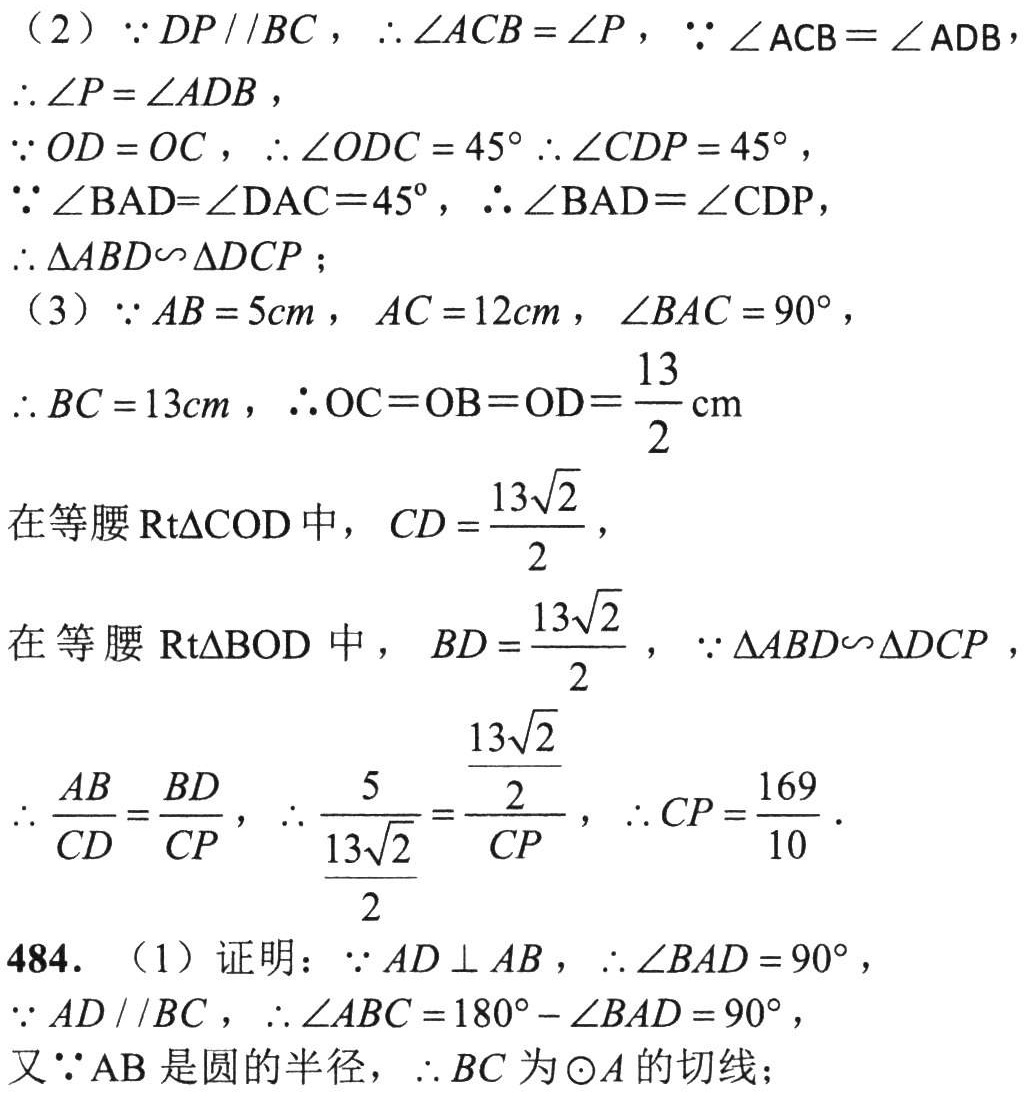
（2）\(\because DP\parallel BC\)，\(\therefore \angle ACB = \angle P\)，\(\because \angle ACB=\angle ADB\)，
\(\therefore \angle P = \angle ADB\)，
\(\because OD = OC\)，\(\therefore \angle ODC = 45^{\circ}\) \(\therefore \angle CDP = 45^{\circ}\)，
\(\because \angle BAD=\angle DAC = 45^{\circ}\)，\(\therefore \angle BAD=\angle CDP\)，
\(\therefore \triangle ABD\sim\triangle DCP\)；
（3）\(\because AB = 5cm\)，\(AC = 12cm\)，\(\angle BAC = 90^{\circ}\)，
\(\therefore BC = 13cm\)，\(\therefore OC=OB = OD=\frac{13}{2}\text{cm}\)
在等腰\(Rt\triangle COD\)中，\(CD=\frac{13\sqrt{2}}{2}\)，
在等腰\(Rt\triangle BOD\)中， \(BD=\frac{13\sqrt{2}}{2}\)，\(\because \triangle ABD\sim\triangle DCP\)，
\(\therefore \frac{AB}{CD}=\frac{BD}{CP}\)，\(\therefore \frac{5}{\frac{13\sqrt{2}}{2}}=\frac{\frac{13\sqrt{2}}{2}}{CP}\)，\(\therefore CP=\frac{169}{10}\)．
484. （1）证明：\(\because AD\perp AB\)，\(\therefore \angle BAD = 90^{\circ}\)，
\(\because AD\parallel BC\)，\(\therefore \angle ABC = 180^{\circ}-\angle BAD = 90^{\circ}\)，
又\(\because AB\)是圆的半径，\(\therefore BC\)为\(\odot A\)的切线；